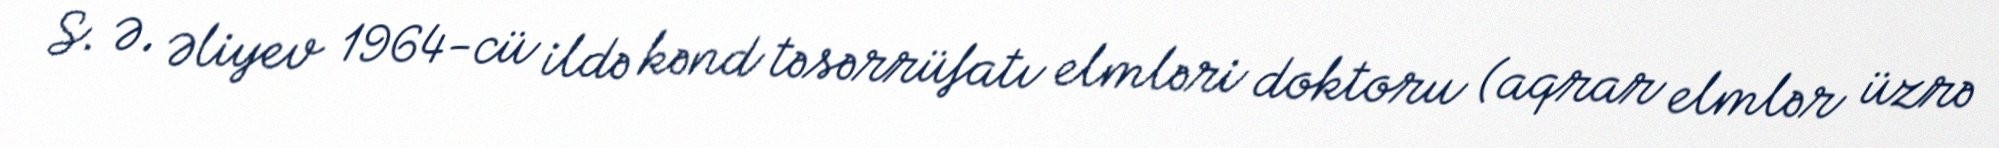
S. Ə. Əliyev 1964-cü ildə kənd təsərrüfatı elmləri doktoru (aqrar elmlər üzrə